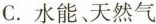
C.水能、天然气